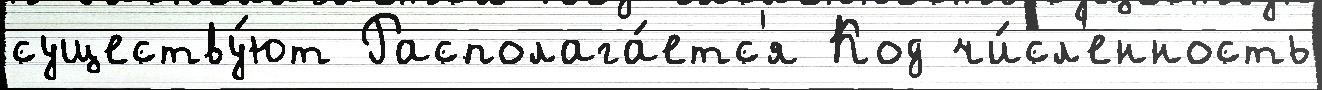
существу́ют Располага́етс'я Код чи́сл'енность